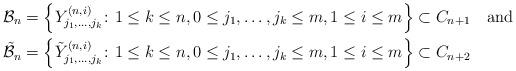
LaTeX: \begin{align*} \mathcal{B}_n= \left\{Y_{j_1,\dots,j_k}^{(n,i)}\colon 1\leq k\leq n, 0\leq j_1,\dots,j_k\leq m,1\leq i\leq m\right\}&\subset C_{n+1} \quad\mbox{and}\\ \tilde{\mathcal{B}}_n= \left\{\tilde Y_{j_1,\dots,j_k}^{(n,i)}\colon 1\leq k\leq n, 0\leq j_1,\dots,j_k\leq m,1\leq i\leq m\right\}&\subset C_{n+2} \end{align*}